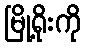
မြို့ရိုးကို